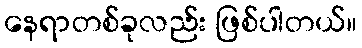
နေရာတစ်ခုလည်း ဖြစ်ပါတယ်။